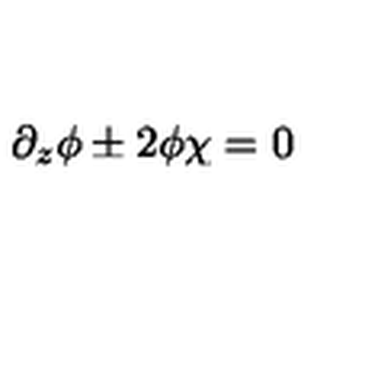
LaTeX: \partial _ { z } \phi \pm 2 \phi \chi = 0